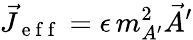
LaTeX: \vec{J}_{\mathrm{~e~f~f~}}=\epsilon\, m_{A^{\prime}}^{2}\vec{A}^{\prime}